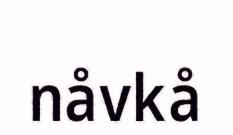
nåvkå